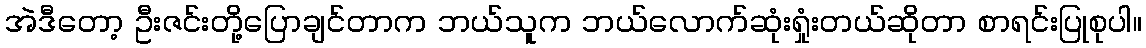
အဲဒီတော့ ဦးဇင်းတို့ပြောချင်တာက ဘယ်သူက ဘယ်လောက်ဆုံးရှုံးတယ်ဆိုတာ စာရင်းပြုစုပါ။